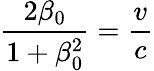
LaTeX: {\frac{2\beta_{0}}{1+\beta_{0}^{2}}}={\frac{v}{c}}